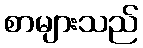
စာများသည်